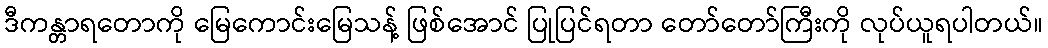
ဒီကန္တာရတောကို မြေကောင်းမြေသန့် ဖြစ်အောင် ပြုပြင်ရတာ တော်တော်ကြီးကို လုပ်ယူရပါတယ်။